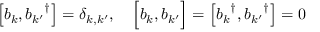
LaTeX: \left[ b _ { k } , { b _ { k ^ { \prime } } } ^ { \dagger } \right] = \delta _ { k , k ^ { \prime } } , \quad { \Big [ } b _ { k } , b _ { k ^ { \prime } } { \Big ] } = \left[ { b _ { k } } ^ { \dagger } , { b _ { k ^ { \prime } } } ^ { \dagger } \right] = 0